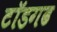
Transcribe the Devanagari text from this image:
टॉडगढ